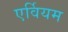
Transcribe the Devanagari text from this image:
एर्वियम